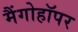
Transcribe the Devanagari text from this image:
मैंगोहॉपर